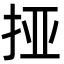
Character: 挜